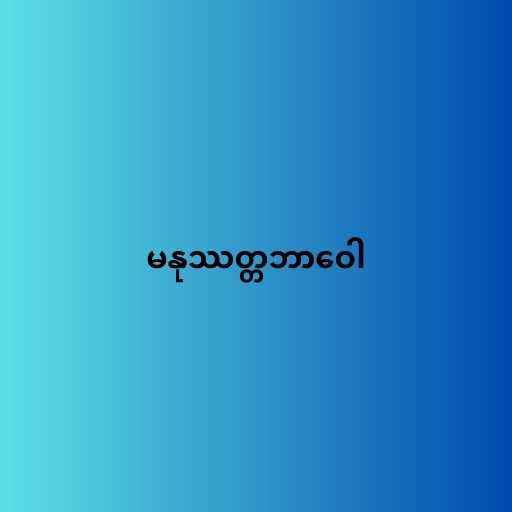
မနုဿတ္တဘာဝေါ